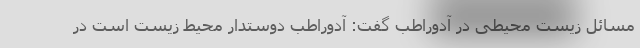
مسائل زیست محیطی در آدوراطب گفت: آدوراطب دوستدار محیط زیست است در